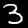
Label: 3